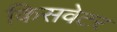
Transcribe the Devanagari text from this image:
किसवेटर